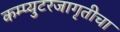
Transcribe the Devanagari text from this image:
कम्प्युटरजागृतीचा